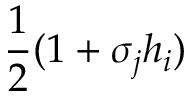
\frac { 1 } { 2 } ( 1 + \sigma _ { j } h _ { i } )